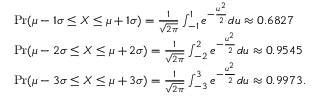
{ \begin{array} { r l } & { \operatorname* { P r } ( \mu - 1 \sigma \leq X \leq \mu + 1 \sigma ) = { \frac { 1 } { \sqrt { 2 \pi } } } \int _ { - 1 } ^ { 1 } e ^ { - { \frac { u ^ { 2 } } { 2 } } } d u \approx 0 . 6 8 2 7 } \\ & { \operatorname* { P r } ( \mu - 2 \sigma \leq X \leq \mu + 2 \sigma ) = { \frac { 1 } { \sqrt { 2 \pi } } } \int _ { - 2 } ^ { 2 } e ^ { - { \frac { u ^ { 2 } } { 2 } } } d u \approx 0 . 9 5 4 5 } \\ & { \operatorname* { P r } ( \mu - 3 \sigma \leq X \leq \mu + 3 \sigma ) = { \frac { 1 } { \sqrt { 2 \pi } } } \int _ { - 3 } ^ { 3 } e ^ { - { \frac { u ^ { 2 } } { 2 } } } d u \approx 0 . 9 9 7 3 . } \end{array} }